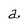
Character: a